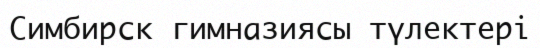
Симбирск гимназиясы түлектері